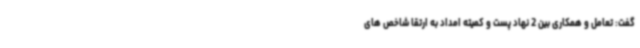
گفت: تعامل و همکاری بین 2 نهاد پست و کمیته امداد به ارتقا شاخص های